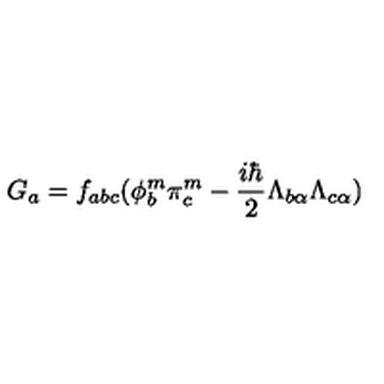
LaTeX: G _ { a } = f _ { a b c } ( \phi _ { b } ^ { m } \pi _ { c } ^ { m } - \frac { i \hbar } { 2 } \Lambda _ { b \alpha } \Lambda _ { c \alpha } )